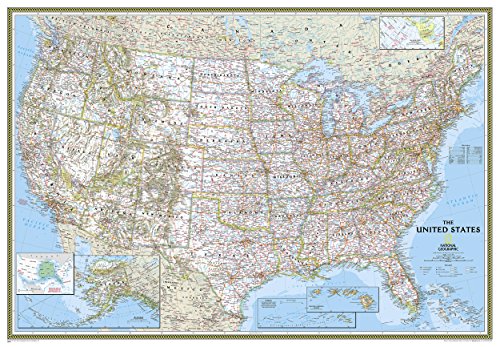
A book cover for United States Classic [Enlarged and Tubed] (National Geographic Reference Map); National Geographic Maps - Reference; Reference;